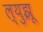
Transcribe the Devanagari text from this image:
ल्युझू